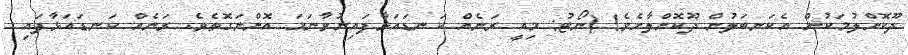
ދޫކޮށްލުމަކުން އެކަނބަލުން ދޫކޮށްލާށެވެ! (ނޯޓު: މިއީ ރަނެއް ކަނޑައަޅާފައިނުވާނަމަ އޮންނަގޮތެވެ. ރަނެއް ކަނޑައަޅާފައި